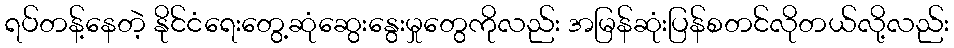
ရပ်တန့်နေတဲ့ နိုင်ငံရေးတွေ့ဆုံဆွေးနွေးမှုတွေကိုလည်း အမြန်ဆုံးပြန်စတင်လိုတယ်လို့လည်း